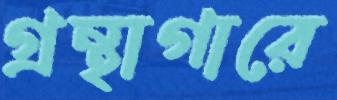
গ্রন্থাগারে